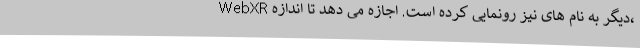
WebXR دیگر به نام های نیز رونمایی کرده است. اجازه می دهد تا اندازه،